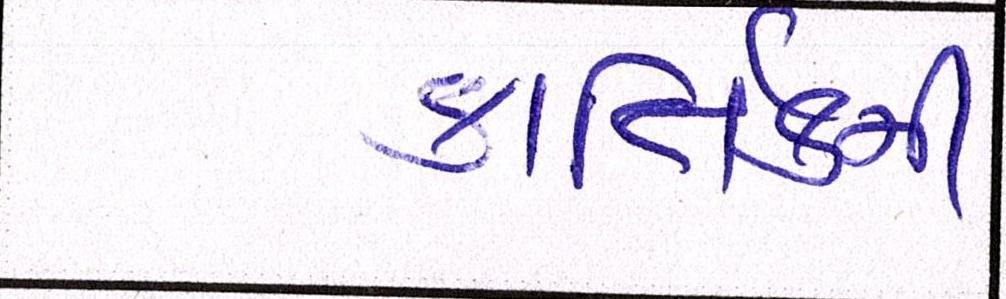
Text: કાર્તિકની